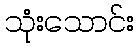
သုံးသောင်း